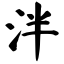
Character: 泮